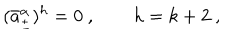
( \bar { a } _ { \pm } ^ { \alpha } ) ^ { h } = 0 \ , \qquad h = k + 2 \ ,